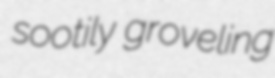
sootily groveling